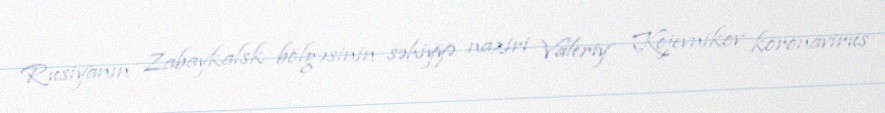
Rusiyanın Zabaykalsk bölgəsinin səhiyyə naziri Valeriy Kojevnikov koronavirus